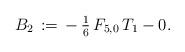
LaTeX: \begin{align*}B_2\,:=\,-\,\tfrac{1}{6}\,F_{5,0}\,T_1-0.\end{align*}